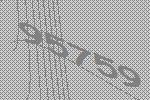
95759